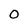
Character: O